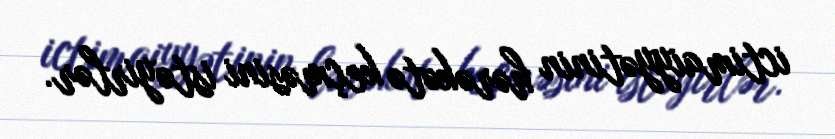
ictimaiyyətinin hərəkətə keçməsini istəyirlər.